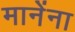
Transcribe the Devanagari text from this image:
मानेंना